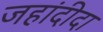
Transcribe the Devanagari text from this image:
जहांदीदा